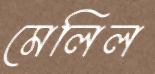
মেলিল